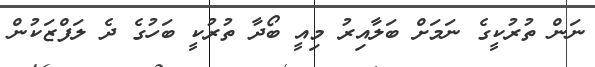
ނަން ތުރުކީގެ ނަމަށް ބަލާއިރު މިއީ ބޯދާ ތުރުކީ ބަހުގެ ދެ ލަފްޒަކުން